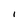
Character: I